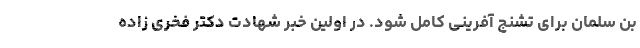
بن سلمان برای تشنج آفرینی کامل شود. در اولین خبر شهادت دکتر فخری زاده